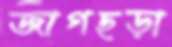
জাগছড়া